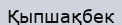
Қыпшақбек